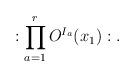
LaTeX: \begin{align*} :\prod_{a=1}^r O^{I_a}(x_1):.\end{align*}